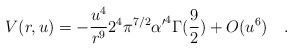
\begin{align*}V(r,u) = - {{u^4}\over{r^{9}}} 2^{4} \pi^{7/2} {\alpha^{\prime}}^{4}\Gamma({{9}\over{2}})+ O(u^6)\quad .\end{align*}